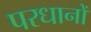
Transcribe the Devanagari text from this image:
परधानों